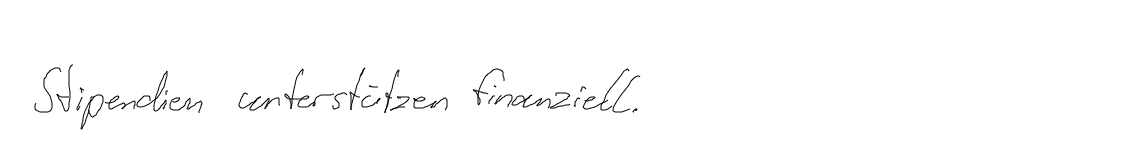
Stipendien unterstützen finanziell.